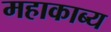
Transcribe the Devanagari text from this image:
महाकाब्‍य